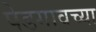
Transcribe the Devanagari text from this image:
पेडगावच्या